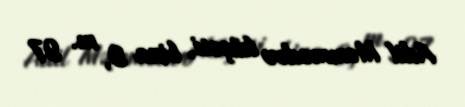
Adil Məmmədov küçəsi, bina 9, m. 97